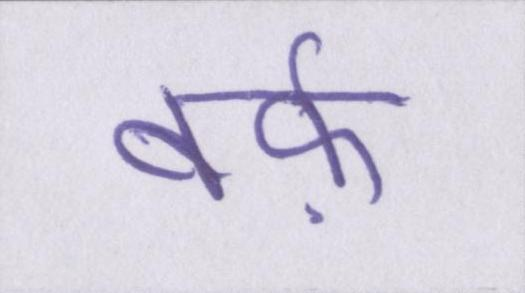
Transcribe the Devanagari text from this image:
बर्फ़